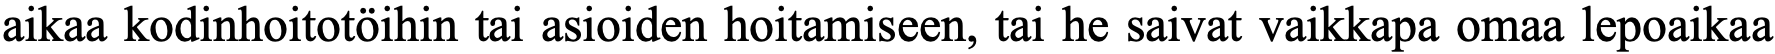
aikaa kodinhoitotöihin tai asioiden hoitamiseen, tai he saivat vaikkapa omaa lepoaikaa